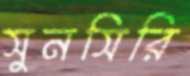
সুনসিরি